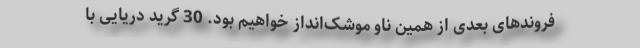
فروندهای بعدی از همین ناو موشک‌انداز خواهیم بود. 30 گرید دریایی با